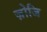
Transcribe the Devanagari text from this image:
ज़ोजि